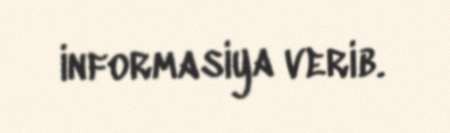
informasiya verib.